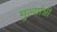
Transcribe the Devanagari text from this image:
मुल्यांशी